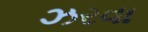
ઝરવા